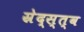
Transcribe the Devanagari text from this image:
स्रेद्स्त्व